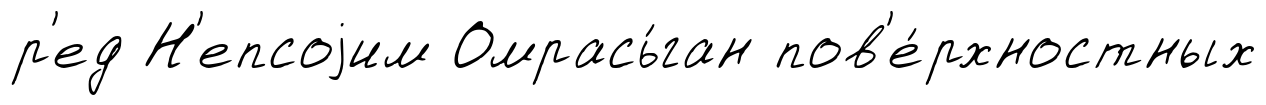
р'ед Н'епсоjим Омрась́ган пов'е́рхностных